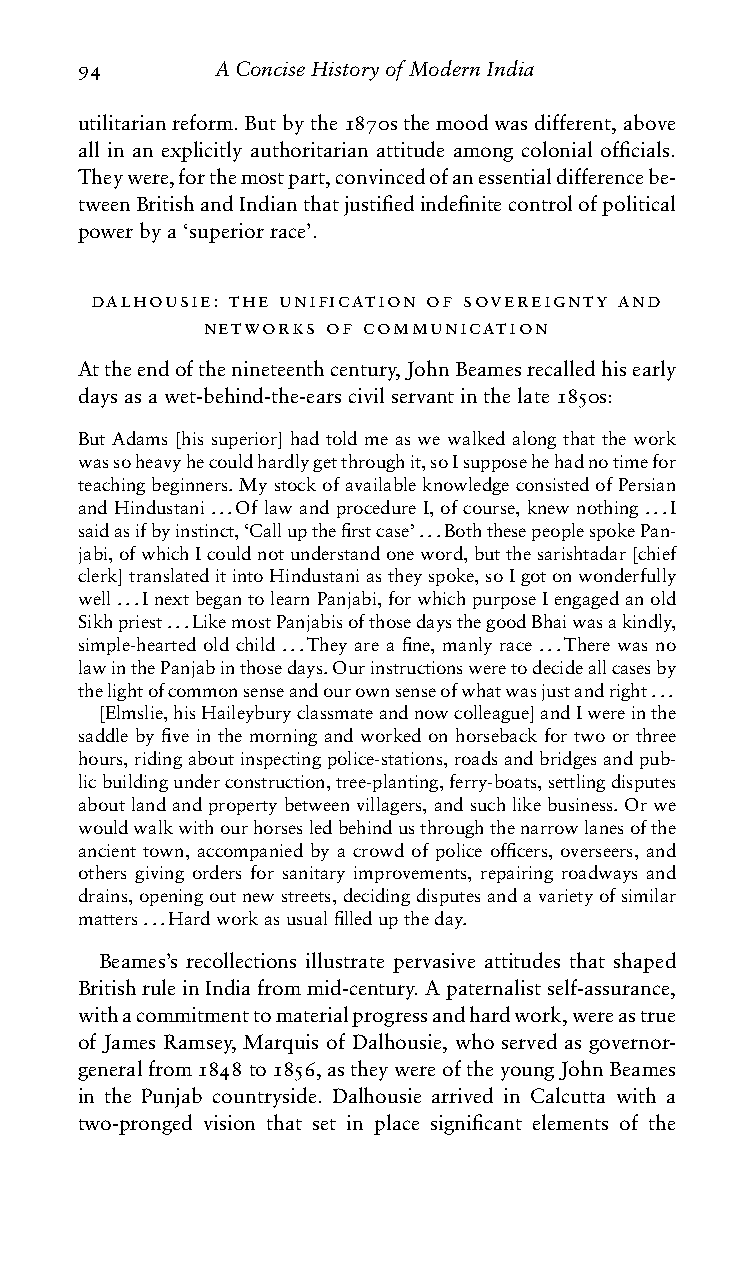
94       AConciseHistoryofModernIndia
 utilitarianreform.Butbythe1870sthemoodwasdifferent,above
 all in an explicitly authoritarian attitude among colonial officials.
 Theywere,forthemostpart,convincedofanessentialdifferencebe-
 tweenBritishandIndianthatjustifiedindefinitecontrolofpolitical
 powerbya‘superiorrace’.
 dalhousie: the unification of sovereignty and
 networks of communication
 Attheendofthenineteenthcentury,JohnBeamesrecalledhisearly
 daysasawet-behind-the-earscivilservantinthelate1850s:
 But Adams [his superior] had told me as we walked along that the work
 wassoheavyhecouldhardlygetthroughit,soIsupposehehadnotimefor
 teachingbeginners.MystockofavailableknowledgeconsistedofPersian
 andHindustani...OflawandprocedureI,ofcourse,knewnothing...I
 saidasifbyinstinct,‘Callupthefirstcase’...BoththesepeoplespokePan-
 jabi,ofwhichIcouldnotunderstandoneword,butthesarishtadar[chief
 clerk]translateditintoHindustaniastheyspoke,soIgotonwonderfully
 well...InextbegantolearnPanjabi,forwhichpurposeIengagedanold
 Sikhpriest...LikemostPanjabisofthosedaysthegoodBhaiwasakindly,
 simple-hearted old child ...They are a fine, manly race ...There was no
 lawinthePanjabinthosedays.Ourinstructionsweretodecideallcasesby
 thelightofcommonsenseandourownsenseofwhatwasjustandright...
 [Elmslie,hisHaileyburyclassmateandnowcolleague]andIwereinthe
 saddle by five in the morning and worked on horseback for two or three
 hours,ridingaboutinspectingpolice-stations,roadsandbridgesandpub-
 licbuildingunderconstruction,tree-planting,ferry-boats,settlingdisputes
 aboutlandandpropertybetweenvillagers,andsuchlikebusiness.Orwe
 wouldwalkwithourhorsesledbehindusthroughthenarrowlanesofthe
 ancient town, accompanied by a crowd of police officers, overseers, and
 others giving orders for sanitary improvements, repairing roadways and
 drains,openingoutnewstreets,decidingdisputesandavarietyofsimilar
 matters...Hardworkasusualfilleduptheday.
 Beames’s recollections illustrate pervasive attitudes that shaped
 BritishruleinIndiafrommid-century.Apaternalistself-assurance,
 withacommitmenttomaterialprogressandhardwork,wereastrue
 of James Ramsey, Marquis of Dalhousie, who served as governor-
 generalfrom1848to1856,astheywereoftheyoungJohnBeames
 in the Punjab countryside. Dalhousie arrived in Calcutta with a
 two-pronged vision that set in place significant elements of the